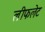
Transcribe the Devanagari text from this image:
लीफलेट